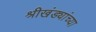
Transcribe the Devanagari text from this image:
श्रीखंड्यांच्या